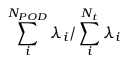
\sum _ { i } ^ { N _ { P O D } } \lambda _ { i } / \sum _ { i } ^ { N _ { t } } \lambda _ { i }